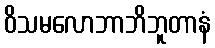
ဝိသမလောဘာဘိဘူတာနံ